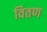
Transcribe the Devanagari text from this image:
वितण